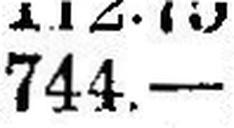
744.—